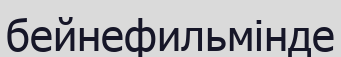
бейнефильмінде